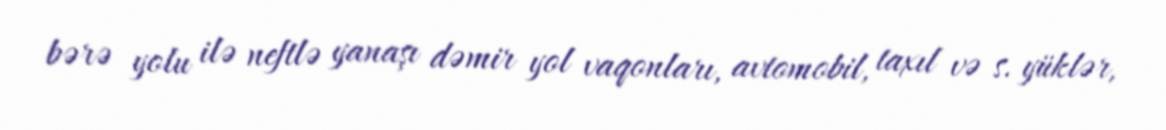
bərə yolu ilə neftlə yanaşı dəmir yol vaqonları, avtomobil, taxıl və s. yüklər,